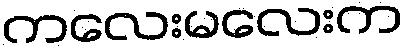
ကလေးမလေးက